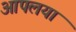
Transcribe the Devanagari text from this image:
आपलया